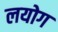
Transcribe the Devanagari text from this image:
लयोग